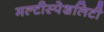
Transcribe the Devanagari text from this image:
मल्टीस्पेशलिटी